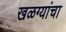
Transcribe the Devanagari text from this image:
खळग्यांचा